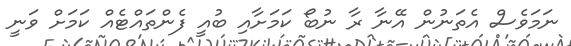
ނަމަވެސް އެތަނުން އޭނާ ރާ ނުބޯ ކަމަށާއި ބުއީ ފެންތައްޓެއް ކަމަށް ވަނީ